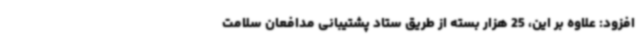
افزود: علاوه بر این، 25 هزار بسته از طریق ستاد پشتیبانی مدافعان سلامت